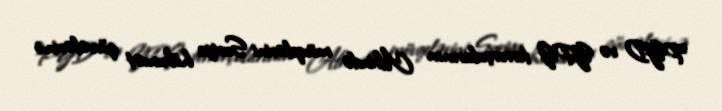
PYD və YPG terrorçularının Afrində mövqelərini Suriya hökumət qüvvələrinə